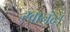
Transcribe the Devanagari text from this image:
स्वानंद।